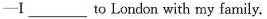
-I____to London with my family.